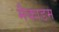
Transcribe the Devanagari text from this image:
मैकाडम